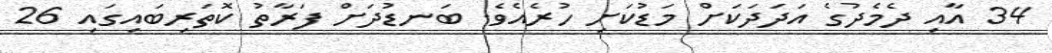
34 އާއި ދެމެދުގެ އަދަދަކަށް މަޑުކަށި ހުރެއެވެ. ބަނޑުދަށް ފަރާތު ކޮތަރިބައިގައި 26